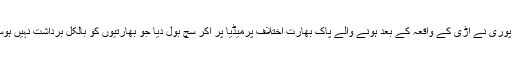
اوم پوری نے اڑی کے واقعہ کے بعد ہونے والے پاک بھارت اختلاف پرمیڈیا پر آکر سچ بول دیا جو بھارتیوں کو بالکل برداشت نہیں ہوسکا۔